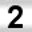
Digit: 2